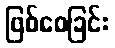
ဖြစ်စေခြင်း